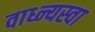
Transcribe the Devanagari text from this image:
वाध्न्यस्वा